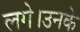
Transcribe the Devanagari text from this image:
लगे।उनके